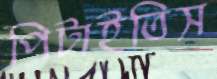
পিটাইতিস